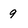
Character: 9